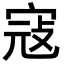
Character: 寇